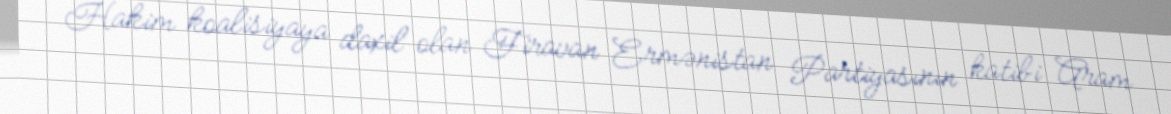
Hakim koalisiyaya daxil olan Firavan Ermənistan Partiyasının katibi Aram